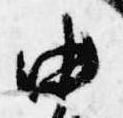
中